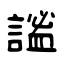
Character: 謐